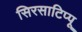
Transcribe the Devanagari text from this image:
सिरसाटिप्पू